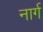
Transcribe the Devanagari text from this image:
नार्ग